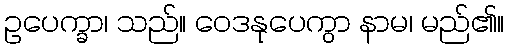
ဥပေက္ခာ၊ သည်။ ဝေဒနုပေကွာ နာမ၊ မည်၏။